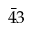
\bar { 4 } 3